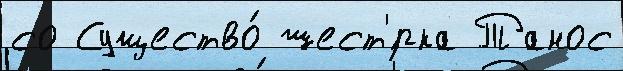
со Существо́ шест'́рка Танос